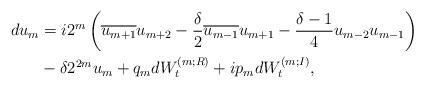
LaTeX: \begin{align*}\begin{aligned}d u_m &= i2^m\left(\overline{u_{m+1}}u_{m+2} - \frac{\delta}{2} \overline{u_{m-1}}u_{m+1} - \frac{\delta -1}{4} u_{m-2}u_{m-1}\right) \\ & - \delta 2^{2m} u_m + q_m dW_t^{(m;R)} + ip_m dW_t^{(m;I)},\end{aligned}\end{align*}